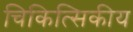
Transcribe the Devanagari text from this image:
चिकित्सिकीय